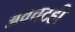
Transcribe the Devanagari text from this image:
अवचटही